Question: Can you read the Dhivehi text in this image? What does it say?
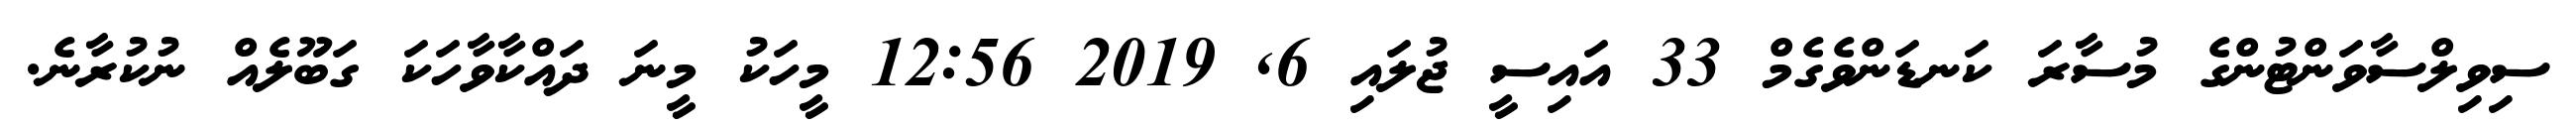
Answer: ސިވިލްސާވަންޓުންގެ މުސާރަ ކަނޑަންވެގެމް 33 އައިސީ ޖުލައި 6, 2019 12:56 މީހަކު މީނަ ދައްކާވާހަކަ ގަބޫލެއް ނުކުރާނެ.